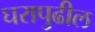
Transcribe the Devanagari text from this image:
घरापुढील